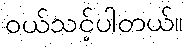
၀ယ်သင့်ပါတယ်။